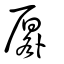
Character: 厬